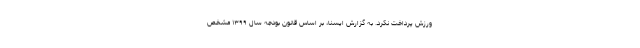
ورزش پرداخت نکرد. به گزارش ایسنا، بر اساس قانون بودجه سال ۱۳۹۹ مشخص